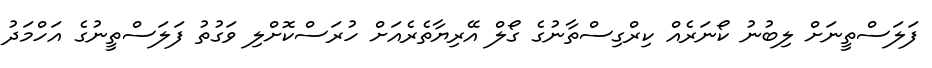
ފަލަސްތީނަށް ލިބުނު ކޯނަރެއް ކިރްގިސްތާނުގެ ގޯލް އޭރިޔާތެރެއަށް ހުރަސްކޮށްލި ވަގުތު ފަލަސްތީނުގެ އަހްމަދު